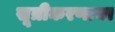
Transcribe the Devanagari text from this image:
सूत्रीकरणाचा